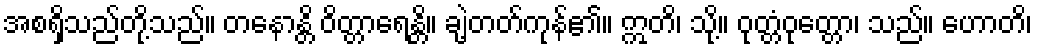
အစရှိသည်တို့သည်။ တနောန္တိ ဝိတ္တာရေန္တိ။ ချဲ့တတ်ကုန်၏။ ဣတိ၊ သို့။ ဝုတ္တံဝုတ္တော၊ သည်။ ဟောတိ၊